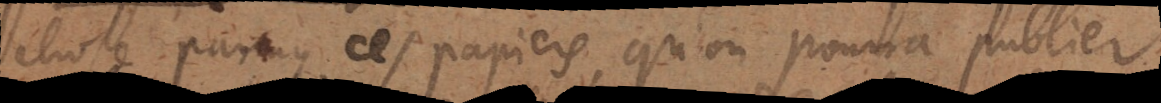
élevée parmy ces papiers, qu’on pourra publier